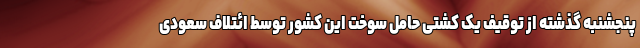
پنجشنبه گذشته از توقیف یک کشتی حامل سوخت این کشور توسط ائتلاف سعودی